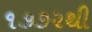
૧૭૭૨થી